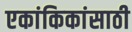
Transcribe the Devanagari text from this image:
एकांकिकांसाठी